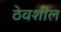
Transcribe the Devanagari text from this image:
ठेवशील